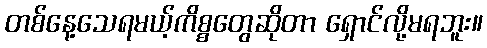
တစ်နေ့သေရမယ့်ကိစ္စတွေဆိုတာ ရှောင်လို့မရဘူး။